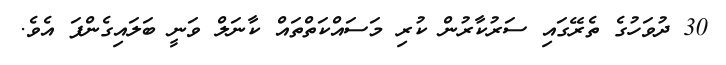
30 ދުވަހުގެ ތެރޭގައި ސަރުކާރުން ކުރި މަސައްކަތްތައް ކާނަލް ވަނީ ބަލައިގެންފަ އެވެ.